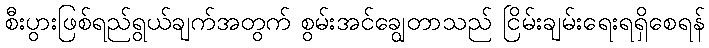
စီးပွားဖြစ်ရည်ရွယ်ချက်အတွက် စွမ်းအင်ချွေတာသည် ငြိမ်းချမ်းရေးရရှိစေရန်